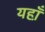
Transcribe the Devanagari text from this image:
यहा़ँ